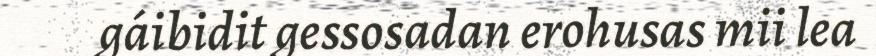
gáibidit gessosadan erohusas mii lea